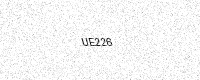
Text: UE226